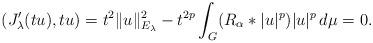
LaTeX: \begin{align*}(J'_\lambda(tu),tu)=t^2\|u\|^{2}_{E_\lambda}-t^{2p}\int_{G}(R_{\alpha}\ast|u|^p)|u|^{p}\,d\mu=0.\end{align*}